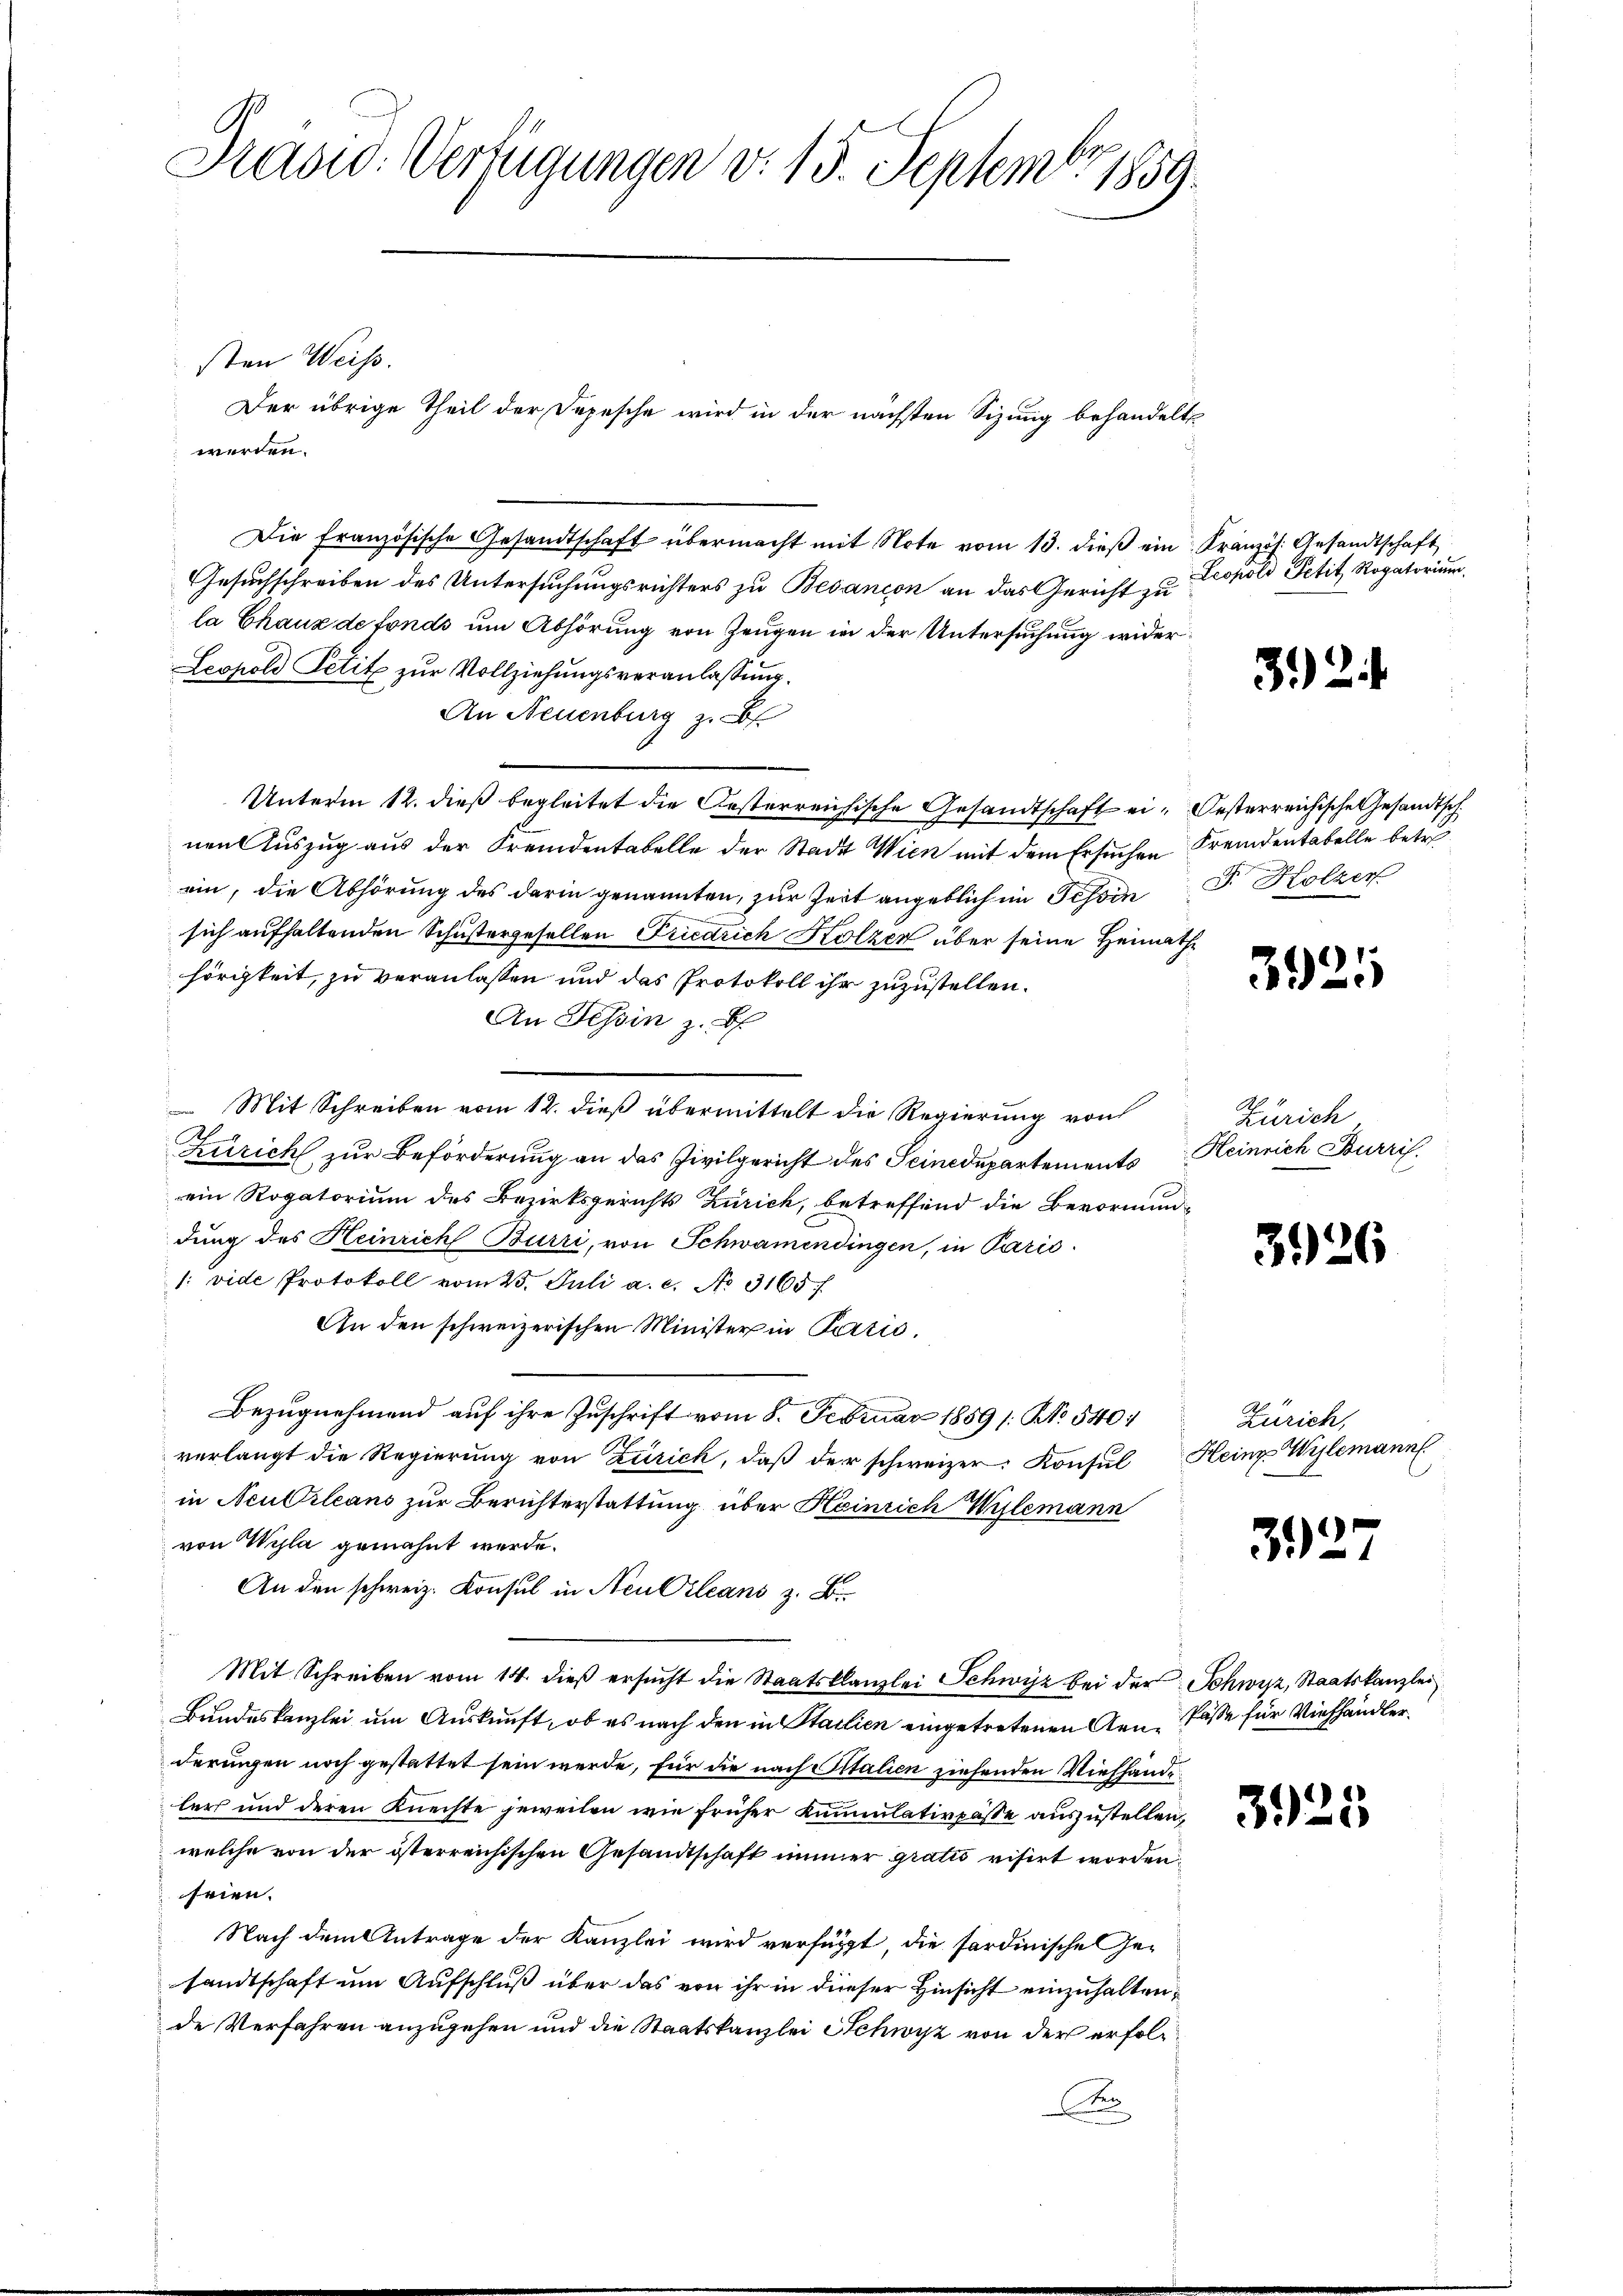
Praord. Verfügungen v. 15. Septembr 1859.

Die französische Gesandtschaft übermacht mit Note vom 13. dieβ ein Kranzös. Gesandtschaft
Gesuchschreiben des Untersuchungsrichters zu Bedanion an das Gericht zu
la Chaux de fonds um Abhörung von Zeugen in der Untersuchung wider
Leopold Petit zur Vollziehungsveranlassung.
An Neuenburg z. B.
Unterm 12. dieß begleitet die Oesterreichische Gesandtschaft ein Oesterreichische Gesandtsch
nen Auszug aus der Fremdentabelle der Stadt Wien mit dem Ersuchen Fremdentabelle betreein, die Abhörung des darin genannten, zur Zeit angeblich im Tessin J. Holzer
sich aufhaltenden Schustergesellen Friedrich Kölzer über seine Heimathhörigkeit, zu veranlassen und das Protokoll ihr zuzustellen.
An Tessin z. B
 Mit Schreiben vom 12. dieß übermittelt die Regierung von
A
Zürich zur Beförderung an das Zivilgericht des Seinedepartements
ein Rogatorium des Bezirksgerichts Zürich, betreffend die Bevormun-
dung des Heinrich Burri, von Schwamendingen, in Paris
1: vide Protokoll vom 25. Juli a. c. No 3165)
An den schweizerischen Minister in Parzić,
Bezugnehmend auf ihre Zuschrift vom 8. Februar 1859 /: No 540.
verlangt die Regierung von Zürich, daß der schweizer. Konsul Heinz Wylemann
in Neubrleans zur Berichterstattung über Heinrich Wylemann
von Wyla gemahnt werde.
An den schweiz. Konsul in Neu Orleans z. B.
Mit Schreiben vom 14. dieß ersucht die Staatskanzlei Schwyz bei der Schwyz, Staatskanzlei
Bundeskanzlei um Auskunft, ob es nach den in Stailien eingetretenen Aen-Pässe für Viehhändler,
derungen noch gestattet sein werde, für die nach Vitalien ziehenden Viehhandlers und deren Knechte jeweilen wie früher Kamulativpäße auszustellen,
welche von der österreichischen Gesandtschaft immer grati visirt worden.
seien.
Nach dem Antrage der Kanzlei wird verfügt, die sardinische Gesandtschaft um Aufschluß über das von ihr in dieser Hinsicht einzuhalten,
de Verfahren anzugehen und die Staatskanzlei Schwyz von der erfol¬
D

sten Weiß.

Der übrige Theil der Depesche wird in der nächsten Sizung behandelt
werden.

Leopold Petit Rogatorium.

32

3921

Zürich
Heinrich Burris.

3926

Zürich,

1
3)